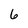
Character: 6